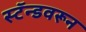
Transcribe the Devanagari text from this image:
स्टॅन्डवरून